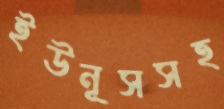
ইউনূসসহ